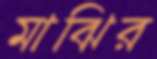
মাঝির